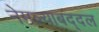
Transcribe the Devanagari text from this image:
नेमल्याबद्दल